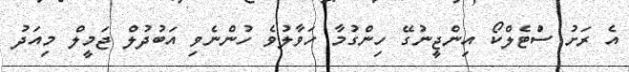
އެ ރަށު ސުްޓެލްކޯ އިންޖީނުގޭ ހިންގުމާ ހަވާލުވެ ހުންނެވި އަބުދުލް ޖަމީލް މިއަދު